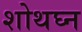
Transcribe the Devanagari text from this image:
शोथघ्न